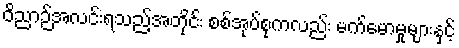
ဝိညာဉ်အလင်းရသည့်အတိုင်း စစ်အုပ်စုကလည်း မက်မောမှုများနှင့်